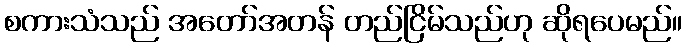
စကားသံသည် အတော်အတန် တည်ငြိမ်သည်ဟု ဆိုရပေမည်။